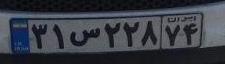
۳۱س۲۲۸۷۴